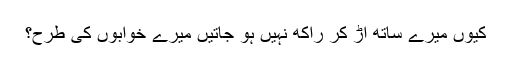
کیوں میرے ساتھ اڑ کر راکھ نہیں ہو جاتیں میرے خوابوں کی طرح؟